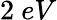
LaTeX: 2~eV